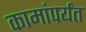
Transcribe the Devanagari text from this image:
कामांपर्यंत